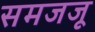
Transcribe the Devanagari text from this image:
समजजू